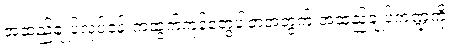
အထည်ချုပ်လုပ်ငန်းကထွက်ကုန်တွေပါတဲ့အတွက် အထည်ချုပ်ကဏ္ဍကို